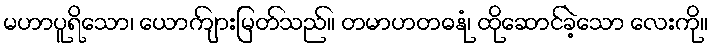
မဟာပူရိသော၊ ယောကျ်ားမြတ်သည်။ တမာဟတဓနုံ၊ ထိုဆောင်ခဲ့သော လေးကို။